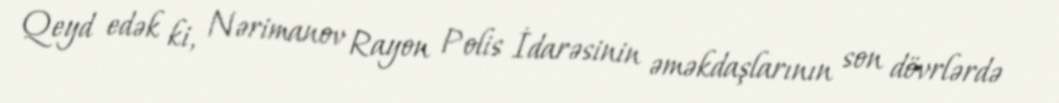
Qeyd edək ki, Nərimanov Rayon Polis İdarəsinin əməkdaşlarının son dövrlərdə